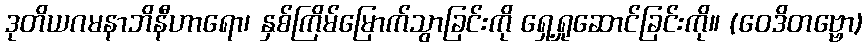
ဒုတိယဂမနာဘိနီဟာရော၊ နှစ်ကြိမ်မြောက်သွာခြင်းကို ရှေ့ရှုဆောင်ခြင်းကို။ (ဝေဒိတဗ္ဗော)